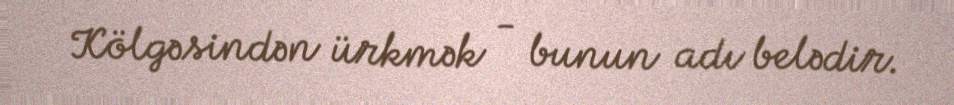
Kölgəsindən ürkmək - bunun adı belədir.